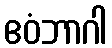
ဧဝံဘာဂါ